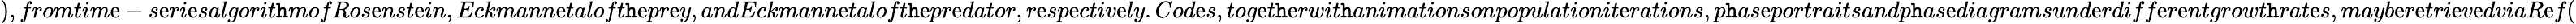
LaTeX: ),fromtim\mathrm{e}-s\mathrm{e}ri\mathrm{e}salgorit\mathtt{h}mofRos\mathrm{e}nst\mathrm{e}in,Eckmann\mathrm{e}taloft\mathtt{h}\mathrm{e}pr\mathrm{e}y,andEckmann\mathrm{e}taloft\mathtt{h}\mathrm{e}pr\mathrm{e}dator,r\mathrm{e}sp\mathrm{e}ctiv\mathrm{e}ly.Cod\mathrm{e}s,tog\mathrm{e}t\mathtt{h}\mathrm{e}rwit\mathtt{h}animationsonpopulationit\mathrm{e}rations,p\mathtt{h}as\mathrm{e}portraitsandp\mathtt{h}as\mathrm{e}diagramsund\mathrm{e}rdiff\mathrm{e}r\mathrm{e}ntgrowt\mathtt{h}rat\mathrm{e}s,mayb\mathrm{e}r\mathrm{e}tri\mathrm{e}v\mathrm{e}dviaR\mathrm{e}f(